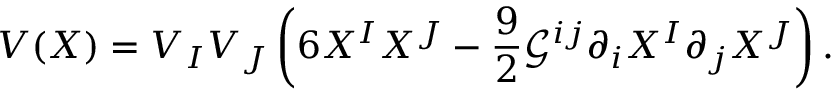
V ( X ) = V _ { I } V _ { J } \left( 6 X ^ { I } X ^ { J } - \frac { 9 } { 2 } \mathcal { G } ^ { i j } \partial _ { i } X ^ { I } \partial _ { j } X ^ { J } \right) .